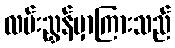
လမ်းညွှန်မှာကြားသည်